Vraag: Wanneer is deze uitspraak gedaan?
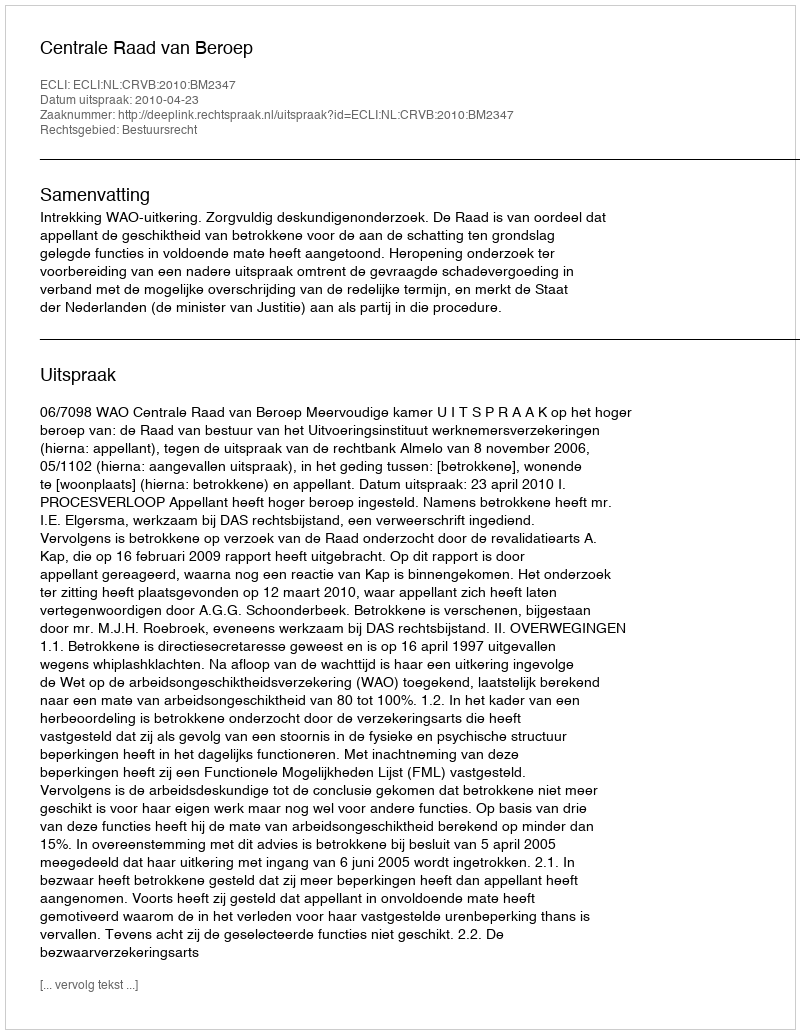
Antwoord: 2010-04-23